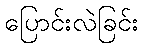
ပြောင်းလဲခြင်း